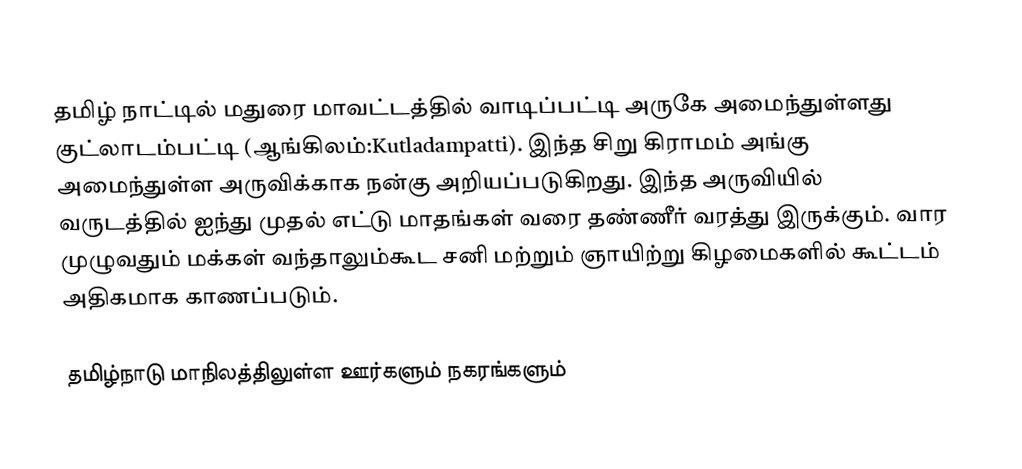
தமிழ் நாட்டில் மதுரை மாவட்டத்தில் வாடிப்பட்டி அருகே அமைந்துள்ளது குட்லாடம்பட்டி (ஆங்கிலம்:Kutladampatti). இந்த சிறு கிராமம் அங்கு அமைந்துள்ள அருவிக்காக நன்கு அறியப்படுகிறது. இந்த அருவியில் வருடத்தில் ஐந்து முதல் எட்டு மாதங்கள் வரை தண்ணீர் வரத்து இருக்கும். வார முழுவதும் மக்கள் வந்தாலும்கூட சனி மற்றும் ஞாயிற்று கிழமைகளில் கூட்டம் அதிகமாக காணப்படும்.

தமிழ்நாடு மாநிலத்திலுள்ள ஊர்களும் நகரங்களும்